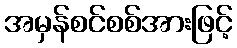
အမှန်စင်စစ်အားဖြင့်